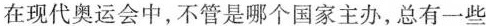
在现代奥运会中,不管是哪个国家主办,总有一些